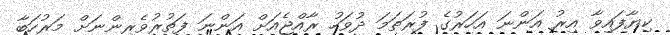
ކިޔާފައިވާ އިރު އަންނަ އަހަރުގެ ފުރަތަމަ ދުވަހު ރާއްޖެއަށް އަންނަ ފަތުރުވެރިންނަށް މަރުހަބާ